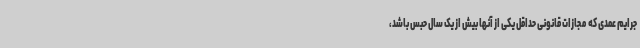
جرایم عمدی که مجازات قانونی حداقل یکی از آنها بیش از یک سال حبس باشد،